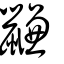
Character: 鼸